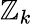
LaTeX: \mathbb{Z}_{k}